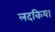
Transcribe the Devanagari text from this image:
लदकिया